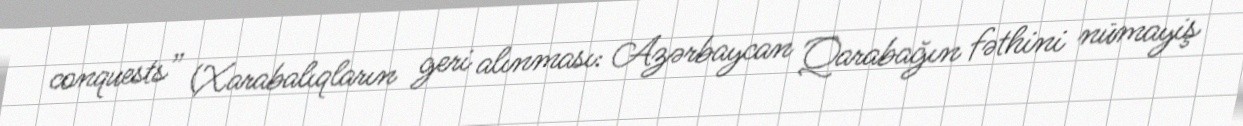
conquests” (Xarabalıqların geri alınması: Azərbaycan Qarabağın fəthini nümayiş